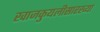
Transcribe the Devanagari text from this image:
खाजकुयलीसारख्या